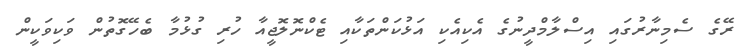
ރޭގެ ސެމިނާރުގައި އިސްލާމްދީނުގެ އެކިއެކި އަޅުކަންތަކާއި ޓެކްނޮލޮޖީއާ ހުރި ގުޅުމާ ބެހޭގޮތުން ވަކިވަކީން